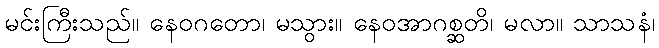
မင်းကြီးသည်။ နေဝဂတော၊ မသွား။ နေဝအာဂစ္ဆတိ၊ မလာ။ သာသနံ၊